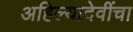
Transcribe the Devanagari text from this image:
अहिल्यादेवींचा